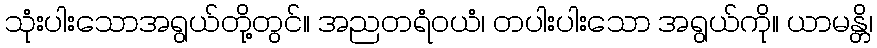
သုံးပါးသောအရွယ်တို့တွင်။ အညတရံဝယံ၊ တပါးပါးသော အရွယ်ကို။ ယာမန္တိ၊